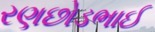
રણછોડભાઈ